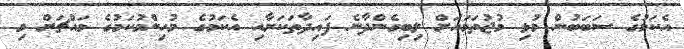
އެކަމުގެ ސަބަބުން މުޅި މުޖުތަމައަށް ލިބިގެންދާނެ ފައިދާތަކަށާއި އެކަމުގެ މުހިންމުކަމުގެ މައްޗަށް މި